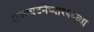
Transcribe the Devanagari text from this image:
राज्यघटनेच्या१६८व्या